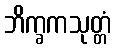
ဘိက္ခကသုတ္တံ